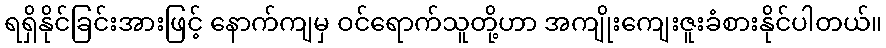
ရရှိနိုင်ခြင်းအားဖြင့် နောက်ကျမှ ဝင်ရောက်သူတို့ဟာ အကျိုးကျေးဇူးခံစားနိုင်ပါတယ်။